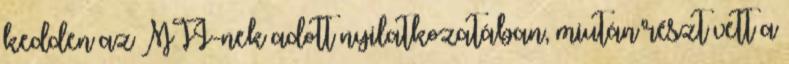
kedden az MTI-nek adott nyilatkozatában, miután részt vett a